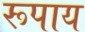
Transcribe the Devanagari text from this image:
रूपाय